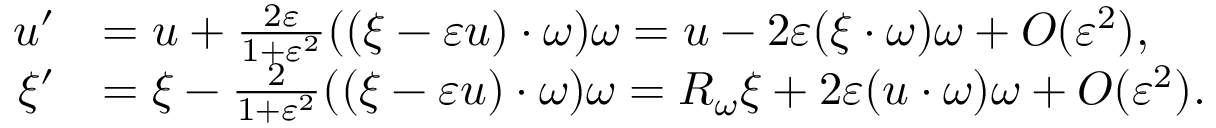
\begin{array} { r l } { u ^ { \prime } } & { = u + \frac { 2 \varepsilon } { 1 + \varepsilon ^ { 2 } } ( ( \xi - \varepsilon u ) \cdot \omega ) \omega = u - 2 \varepsilon ( \xi \cdot \omega ) \omega + O ( \varepsilon ^ { 2 } ) , } \\ { \xi ^ { \prime } } & { = \xi - \frac { 2 } { 1 + \varepsilon ^ { 2 } } ( ( \xi - \varepsilon u ) \cdot \omega ) \omega = R _ { \omega } \xi + 2 \varepsilon ( u \cdot \omega ) \omega + O ( \varepsilon ^ { 2 } ) . } \end{array}